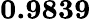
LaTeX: \mathbf{0.9839}